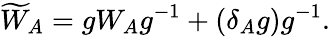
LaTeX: \widetilde{W}_{A}=gW_{A}g^{-1}+(\delta_{A}g)g^{-1}.